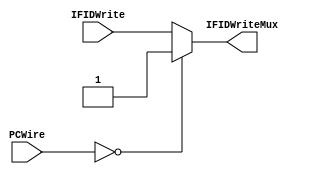
`timescale 1ns / 1ps


module InstrRegMux(
    output IFIDWriteMux,
    input IFIDWrite,
    input[31:0] PCWire
    );
	 
	 reg tempOut;
	 
	 always@(*)
	 begin
	     if(PCWire==32'd0)
		  begin
		      tempOut = 1'b1;
		  end
		  else
		  begin
		      tempOut = IFIDWrite;
		  end
	 end
	 
	 assign IFIDWriteMux = tempOut;


endmodule